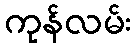
ကုန်လမ်း